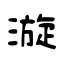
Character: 漩